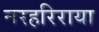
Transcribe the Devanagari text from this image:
नरहरिराया